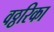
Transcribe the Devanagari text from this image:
वठ्ठरिका